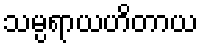
သမ္ပရာယဟိတာယ